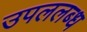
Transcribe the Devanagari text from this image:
उपललब्ध